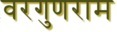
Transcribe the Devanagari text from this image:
वरगुणराम